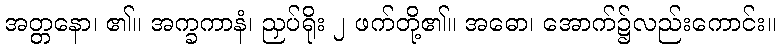
အတ္တနော၊ ၏။ အက္ခကာနံ၊ ညှပ်ရိုး ၂ ဖက်တို့၏။ အဓော၊ အောက်၌လည်းကောင်း။